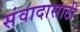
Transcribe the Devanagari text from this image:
संवादासाठी